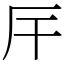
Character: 厈